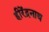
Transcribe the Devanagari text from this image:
हीरेंद्रनाथ